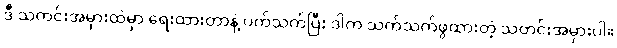
ဒီ သတင်းအမှားထဲမှာ ရေးထားတာနဲ့ ပက်သက်ပြီး ဒါက သက်သက်ဖွထားတဲ့ သတင်းအမှားပါ။